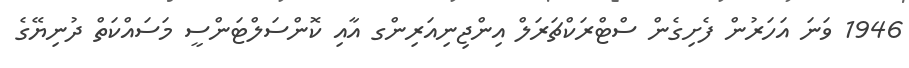
1946 ވަނަ އަހަރުން ފެށިގެން ސްޓްރަކްޗަރަލް އިންޖިނިއަރިންގ އާއި ކޮންސަލްޓަންސީ މަސައްކަތް ދުނިޔޭގެ